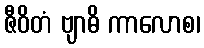
ဇီဝိတံ ဗျာဓိ ကာလောစ၊